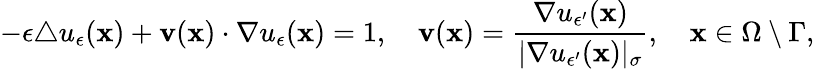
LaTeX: -\epsilon\triangle u_{\epsilon}(\mathbf{x})+\mathbf{v}(\mathbf{x})\cdot\nabla u_{\epsilon}(\mathbf{x})=1,\quad\mathbf{v}(\mathbf{x})=\frac{\nabla u_{\epsilon^{\prime}}(\mathbf{x})}{|\nabla u_{\epsilon^{\prime}}(\mathbf{x})|_{\sigma}},\quad\mathbf{x}\in\Omega\setminus\Gamma,